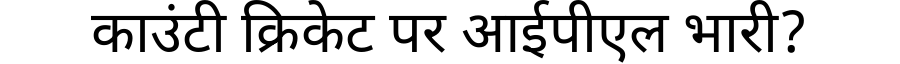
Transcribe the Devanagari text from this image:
काउंटी क्रिकेट पर आईपीएल भारी?